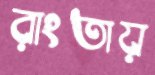
রাংতায়